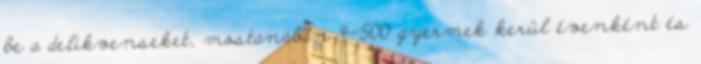
be a delikvenseket, mostanában 4-500 gyermek kerül évenként és